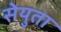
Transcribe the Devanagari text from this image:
सेयुता